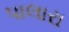
પાલારા